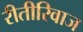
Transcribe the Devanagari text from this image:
रीतीरिवाज